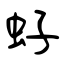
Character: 虸